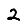
Digit: 2